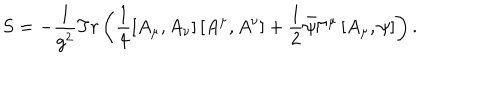
S = - \frac { 1 } { g ^ { 2 } } T r \left( \frac { 1 } { 4 } \left[ A _ { \mu } , A _ { \nu } \right] \left[ A ^ { \mu } , A ^ { \nu } \right] + \frac { 1 } { 2 } \bar { \psi } \Gamma ^ { \mu } \left[ A _ { \mu } , \psi \right] \right) .